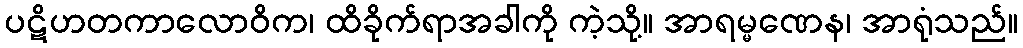
ပဋိဟတကာလောဝိက၊ ထိခိုက်ရာအခါကို ကဲ့သို့။ အာရမ္မဏေန၊ အာရုံသည်။